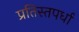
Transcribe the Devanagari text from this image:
प्रतिस्तपर्धा